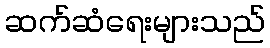
ဆက်ဆံရေးများသည်